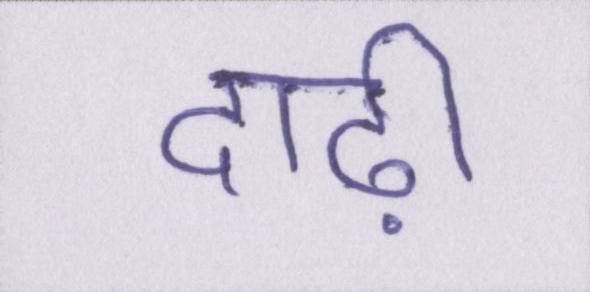
दाढ़ी